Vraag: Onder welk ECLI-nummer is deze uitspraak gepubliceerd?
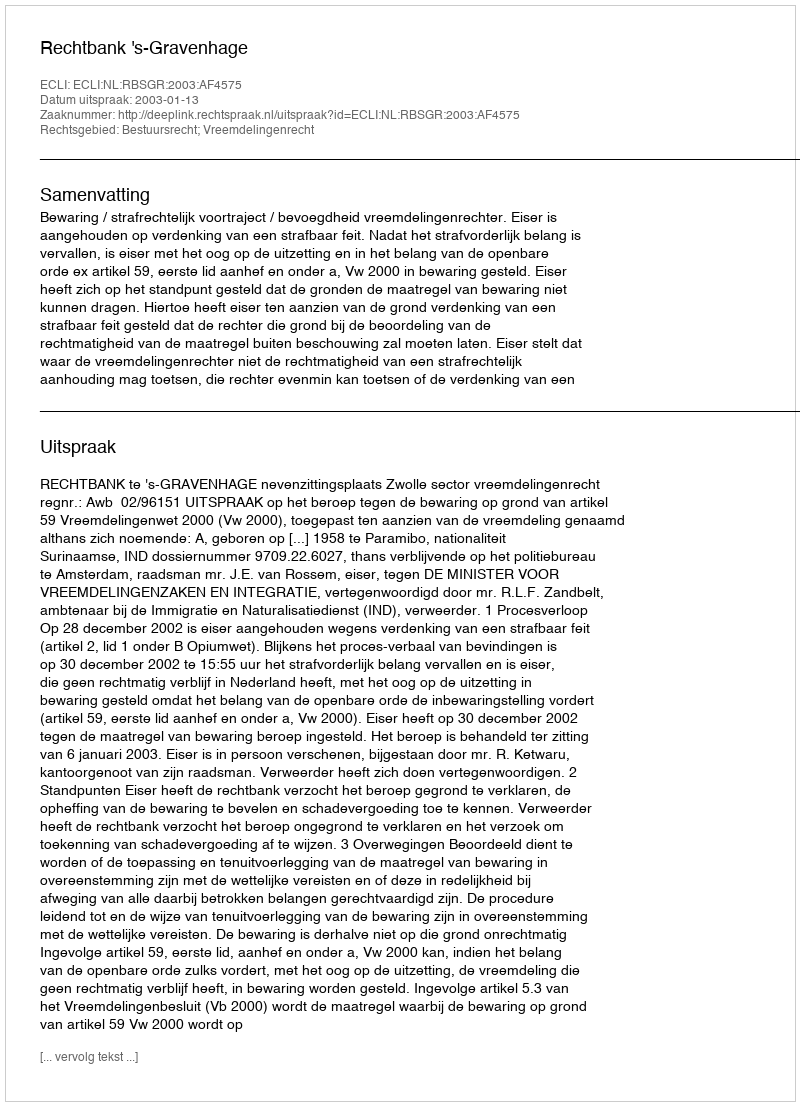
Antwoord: ECLI:NL:RBSGR:2003:AF4575